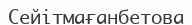
Сейітмағанбетова